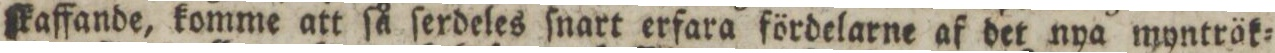
ſkaffande, komme att ſå ſerdeles ſnart erfara fördelarne af det nya mynträk=